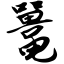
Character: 鼍